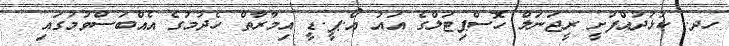
ހދ. ކުޅުދުއްފުށީ ރީޖަނަލް ހޮސްޕިޓަލްގެ އައު އޯ.ޕީ.ޑީ އިމާރާތް ހެދުމުގެ އެއްބަސްވުމުގައި @